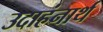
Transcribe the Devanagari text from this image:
उदाहंनार्थ